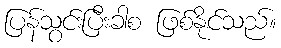
ပြန်သွင်းပြီးခါစ ဖြစ်နိုင်သည်။